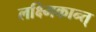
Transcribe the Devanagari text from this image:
लक्ष्मिकान्त्